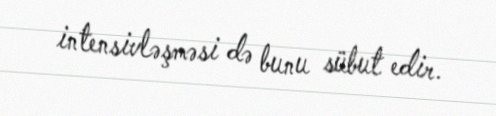
intensivləşməsi də bunu sübut edir.